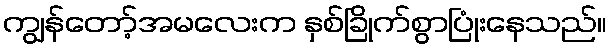
ကျွန်တော့်အမလေးက နှစ်ခြိုက်စွာပြုံးနေသည်။